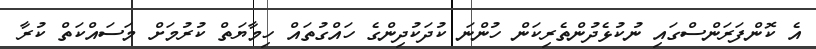
އެ ކޮންފަރަންސްގައި ނުކުޅެދުންތެރިކަން ހުންނަ ކުދަކުދިންގެ ހައްގުތައް ހިމާޔަތް ކުރުމަށް މަސައްކަތް ކުރާ